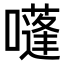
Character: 𡂫